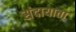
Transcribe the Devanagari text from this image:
संदायाता